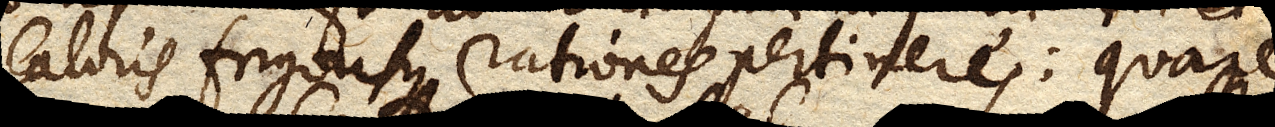
caloris frigorisque rationes pertinere: quare